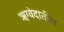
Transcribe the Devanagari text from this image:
ॠग्वेदातील